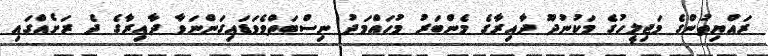
ރައްޔިތުންގެ މަޖިލީހުގެ މަކުނުދޫ ދާއިރާގެ މެންބަރު މުހައްމަދު ނިސްބަތްވެވަޑައިގަންނަވާ ދާއިރާގެ ދެ ރަށެއްގައި